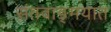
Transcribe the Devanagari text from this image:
संतवाङ्मयात